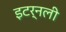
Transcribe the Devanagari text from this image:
इटर्नली